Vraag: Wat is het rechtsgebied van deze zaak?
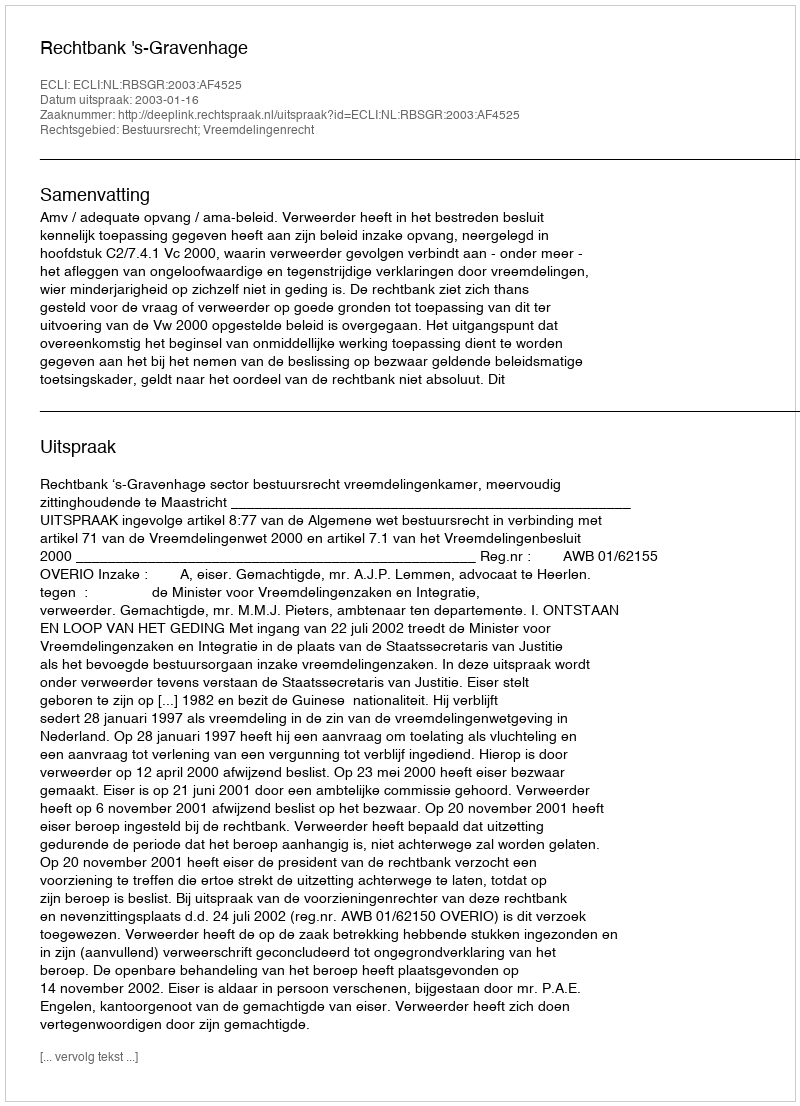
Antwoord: Bestuursrecht; Vreemdelingenrecht